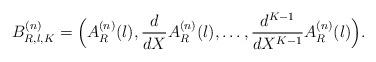
LaTeX: \begin{align*}B_{R,\l,K}^{(n)}=\Big(A_{R}^{(n)}(\l),\frac{d}{dX}A_{R}^{(n)}(\l),\ldots,\frac{d^{K-1}}{dX^{K-1}}A_{R}^{(n)}(\l)\Big).\end{align*}